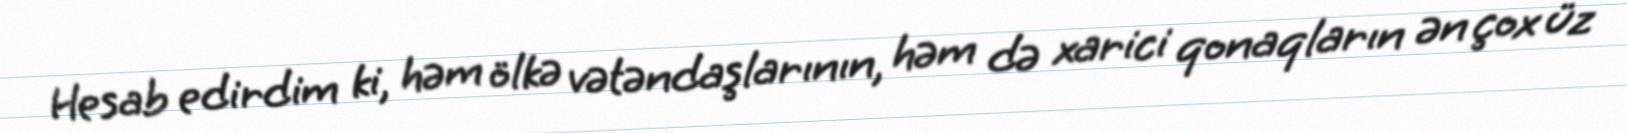
Hesab edirdim ki, həm ölkə vətəndaşlarının, həm də xarici qonaqların ən çox üz